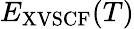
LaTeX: E_{\mathrm{XVSCF}}(T)